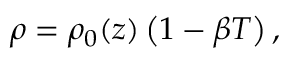
\rho = \rho _ { 0 } ( z ) \left( 1 - \beta T \right) ,